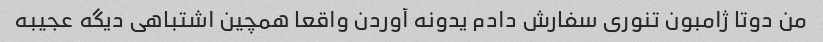
من دوتا ژامبون تنوری سفارش دادم یدونه آوردن واقعا همچین اشتباهی دیگه عجیبه